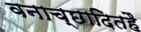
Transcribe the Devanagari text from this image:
वनाच्‍छादितहै